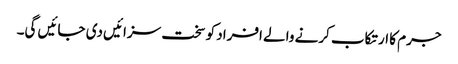
جرم کا ارتکاب کرنے والے افراد کو سخت سزائیں دی جائیں گی۔